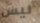
ليس